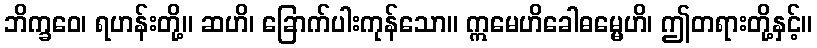
ဘိက္ခဝေ၊ ရဟန်းတို့။ ဆဟိ၊ ခြောက်ပါးကုန်သော။ ဣမေဟိခေါဓမ္မေဟိ၊ ဤတရားတို့နှင့်။